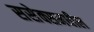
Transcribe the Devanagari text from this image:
ससेक्समधील